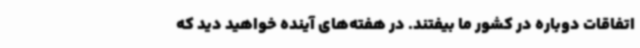
اتفاقات دوباره در کشور ما بیفتند. در هفته‌های آینده خواهید دید که